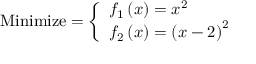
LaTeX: { \mathrm { M i n i m i z e } } = { \left\{ \begin{array} { l l } { f _ { 1 } \left( x \right) = x ^ { 2 } } \\ { f _ { 2 } \left( x \right) = \left( x - 2 \right) ^ { 2 } } \end{array} \right. }